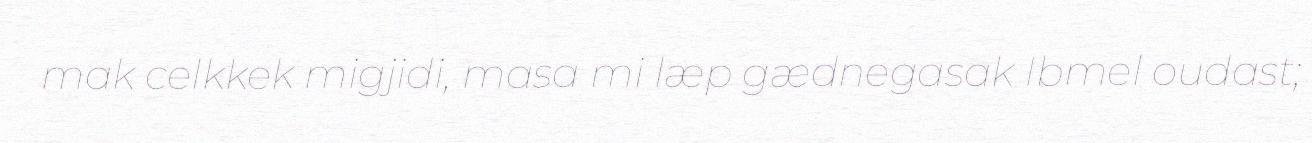
mak celkkek migjidi, masa mi læp gædnegasak Ibmel oudast;